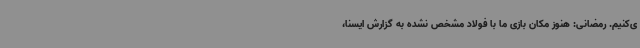
ی‌کنیم. رمضانی: هنوز مکان بازی ما با فولاد مشخص نشده به گزارش ایسنا،